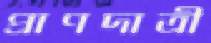
প্রাণদাত্রী